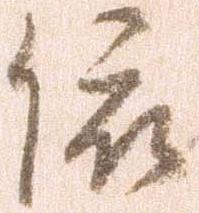
依